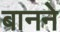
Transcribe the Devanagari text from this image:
बानने